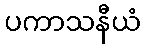
ပကာသနီယံ